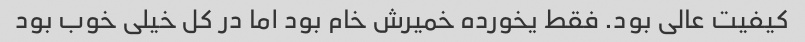
کیفیت عالی بود. فقط یخورده خمیرش خام بود اما در کل خیلی خوب بود